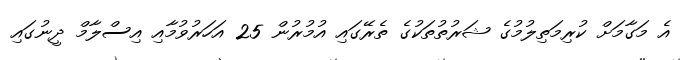
އެ މަގާމަށް ކުރިމަތިލުމުގެ ޝަރުތުތަކުގެ ތެރޭގައި އުމުރުން 25 އަހަރުވުމާއި އިސްލާމް ދީނުގައި